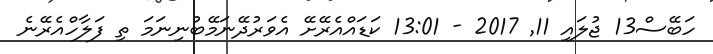
ހަބޭސް13 ޖުލައި 11